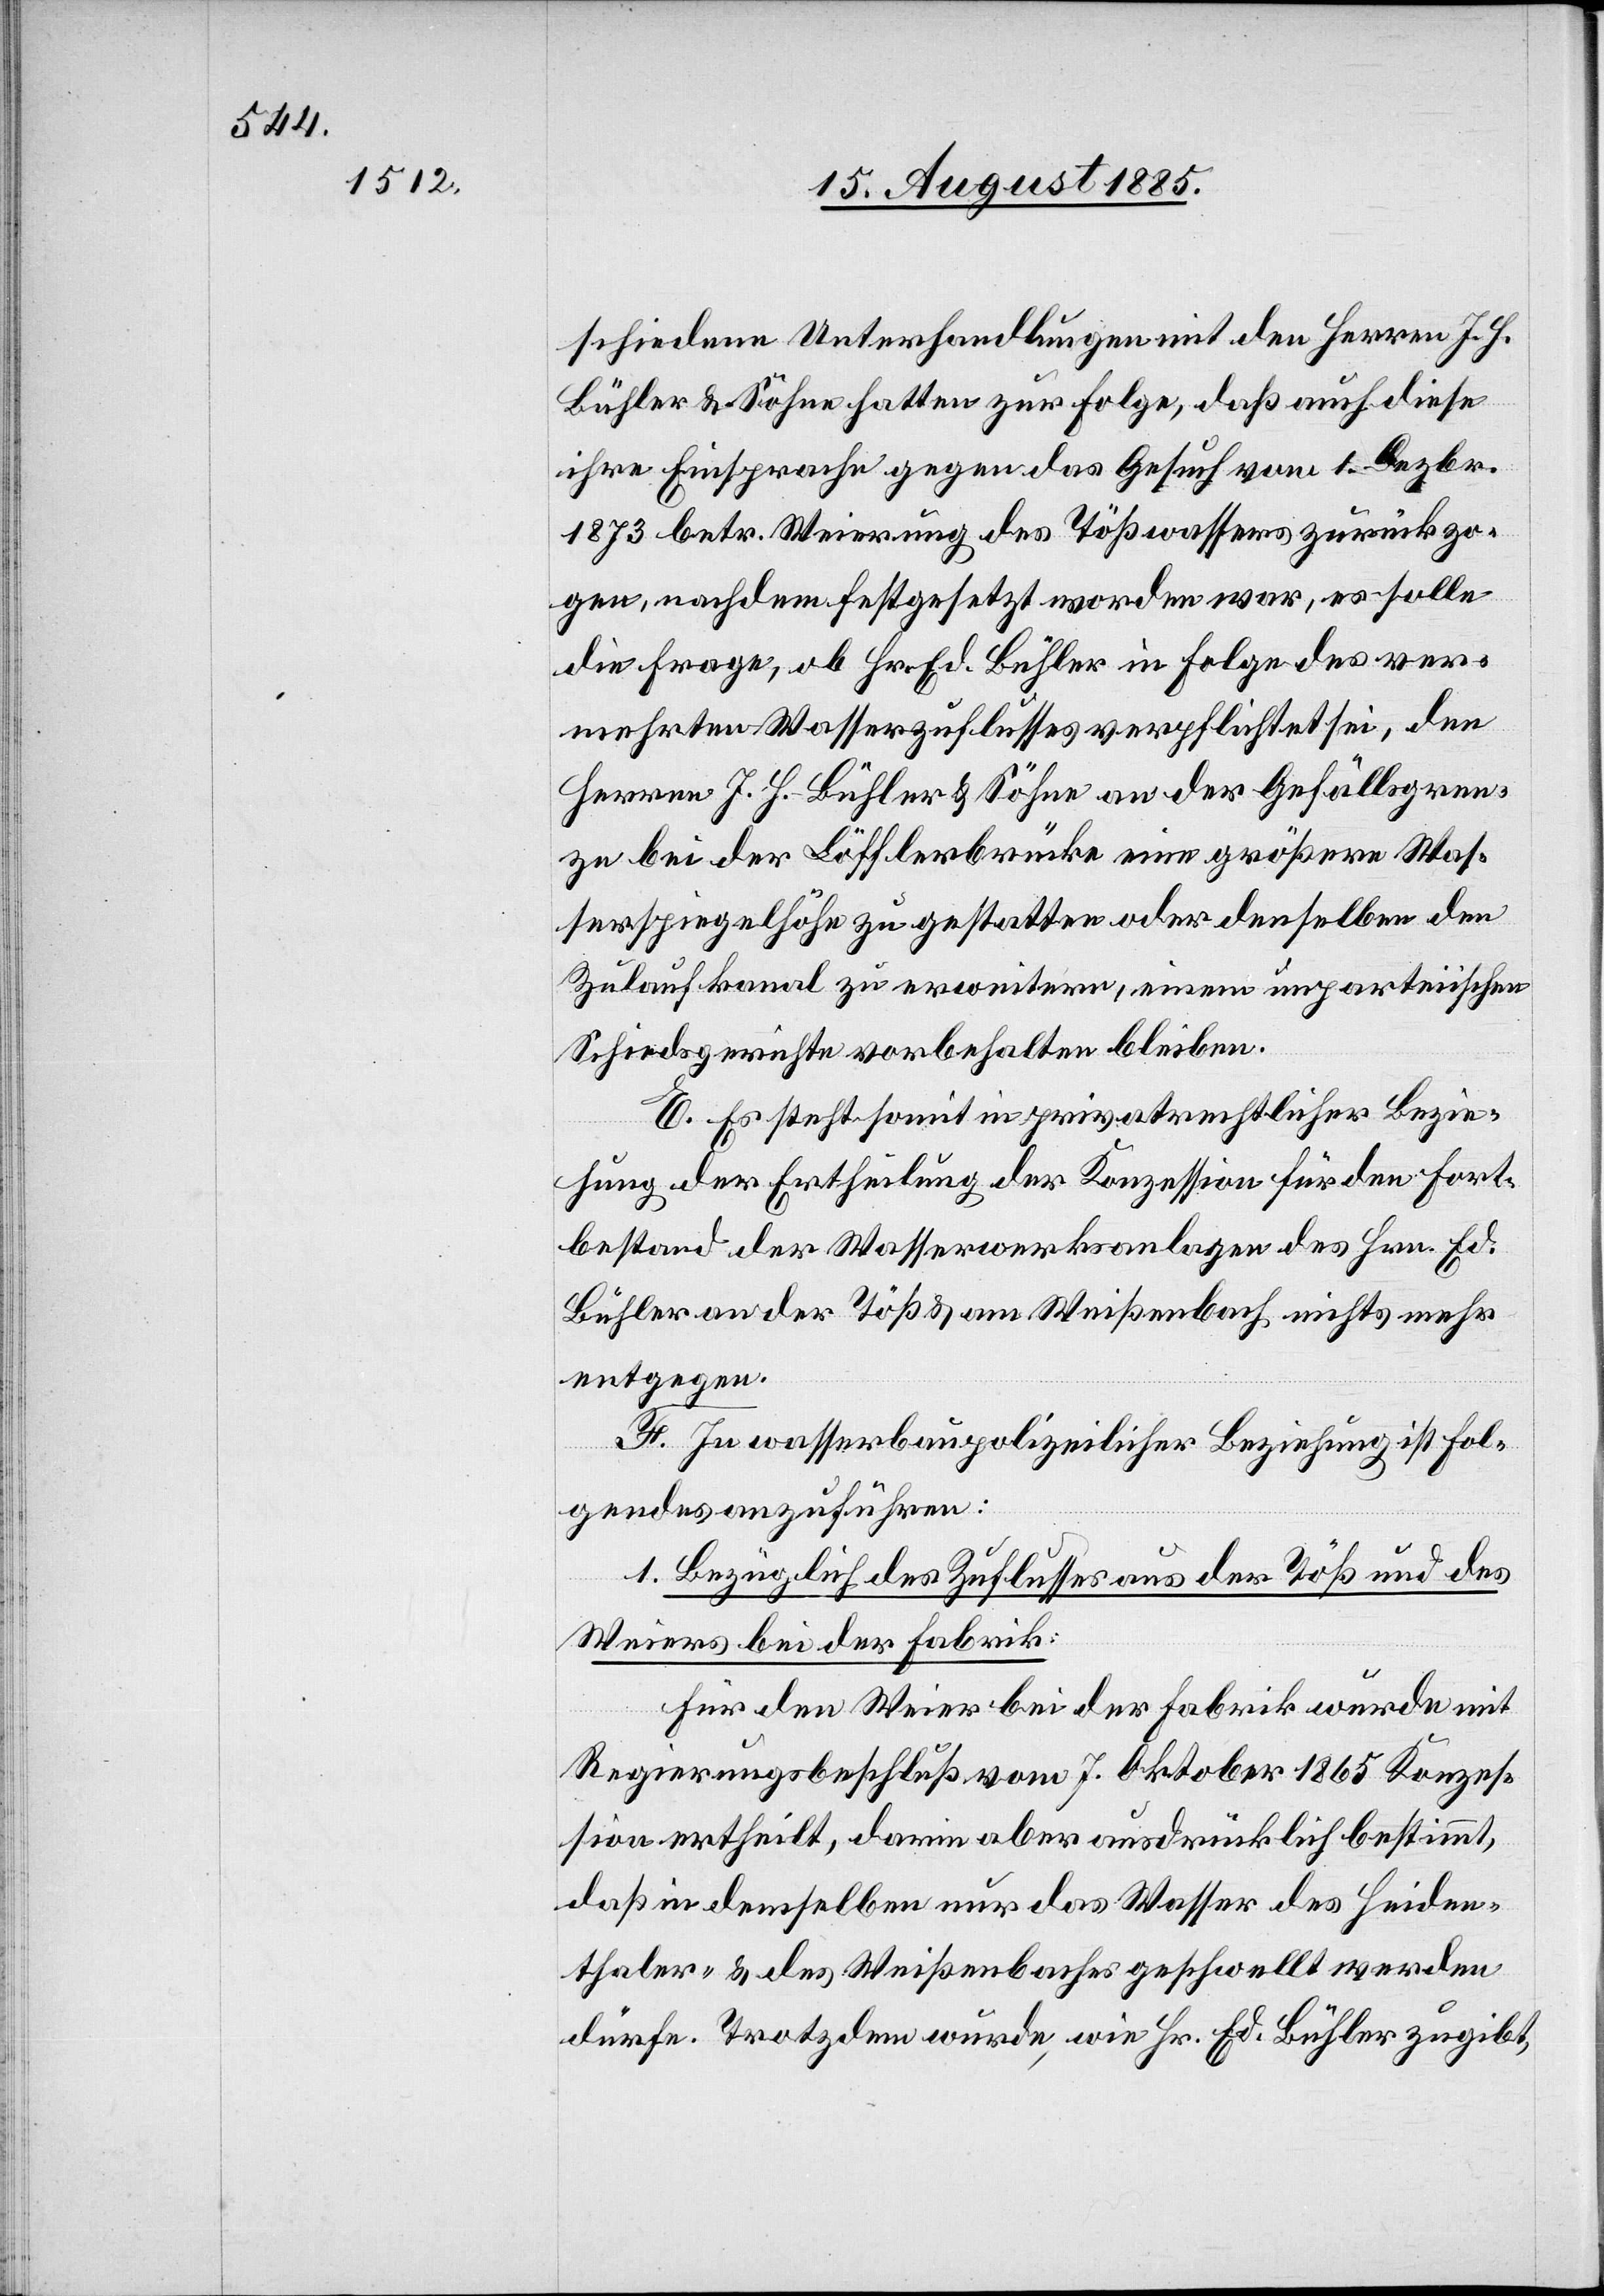
schiedene Unterhandlungen mit den Herren J. H.
Bühler & Söhne hatten zur Folge, daß auch diese
ihre Einsprache gegen das Gesuch von 1. Dezbr.
1873 betr. Weierung des Tößwassers zurückzo¬
gen, nachdem festgesetzt worden war, es solle
die Frage, ob Hr. Ed. Bühler in Folge des ver¬
mehrten Wasserzuflusses verpflichtet sei, den
Herren J. H. Bühler & Söhne an der Gefällsgren¬
ze bei der Löfflerbrücke eine größere Was¬
serspiegelhöhe zu gestatten oder denselben den
Zulaufkanal zu erweitern, einem unparteiischen
Schiedsgerichte vorbehalten bleiben.
E. Es steht somit in privatrechtlicher Bezie¬
hung der Ertheilung der Konzession für den Fort¬
bestand der Wasserwerksanlagen des Hrn. Ed.
Bühler an der Töß & am Weißenbach nichts mehr
entgegen.
F. In wasserbaupolizeilicher Beziehung ist Fol¬
gendes anzuführen:
1. Bezüglich des Zuflusses aus der Töß und des
Weiers bei der Fabrik:
Für den Weier bei der Fabrik wurde mit
Regierungsbeschluß vom 7. Oktober 1865 Konzes¬
sion ertheilt, darin aber ausdrücklich bestimmt,
daß in demselben nur das Wasser des Heiden¬
thaler- & des Weißenbaches geschwellt werden
dürfe. Trotzdem wurde, wie Hr. Ed. Bühler zugibt,